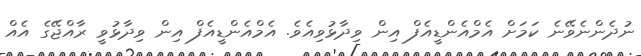
ނުދެންނެވޭނެ ކަމަށް އެމްއެންޑީއެފް އިން ވިދާޅުވިއެވެ. އެމްއެންޑީއެފް އިން ވިދާޅުވީ ރާއްޖޭގެ އެއް